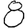
Digit: 8